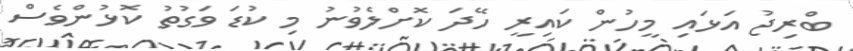
ބްރިޖު އަޅައި މީހުން ކައިރީ ހޭދަ ކޮށްލެވުނު މި ކުޑަ ވަގުތު ކޮޅުންވެސް